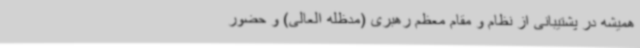
همیشه در پشتیبانی از نظام و مقام معظم رهبری (مدظله العالی) و حضور